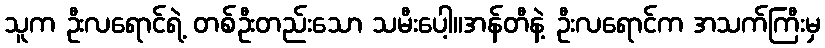
သူက ဦးလရောင်ရဲ့ တစ်ဦးတည်းသော သမီးပေါ့။အန်တီနဲ့ ဦးလရောင်က အသက်ကြီးမှ